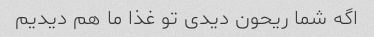
اگه شما ریحون دیدی تو غذا ما هم دیدیم